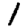
Digit: 1